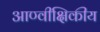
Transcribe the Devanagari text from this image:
आण्वीक्षिकीय